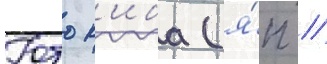
Юто к'иба (я́п //